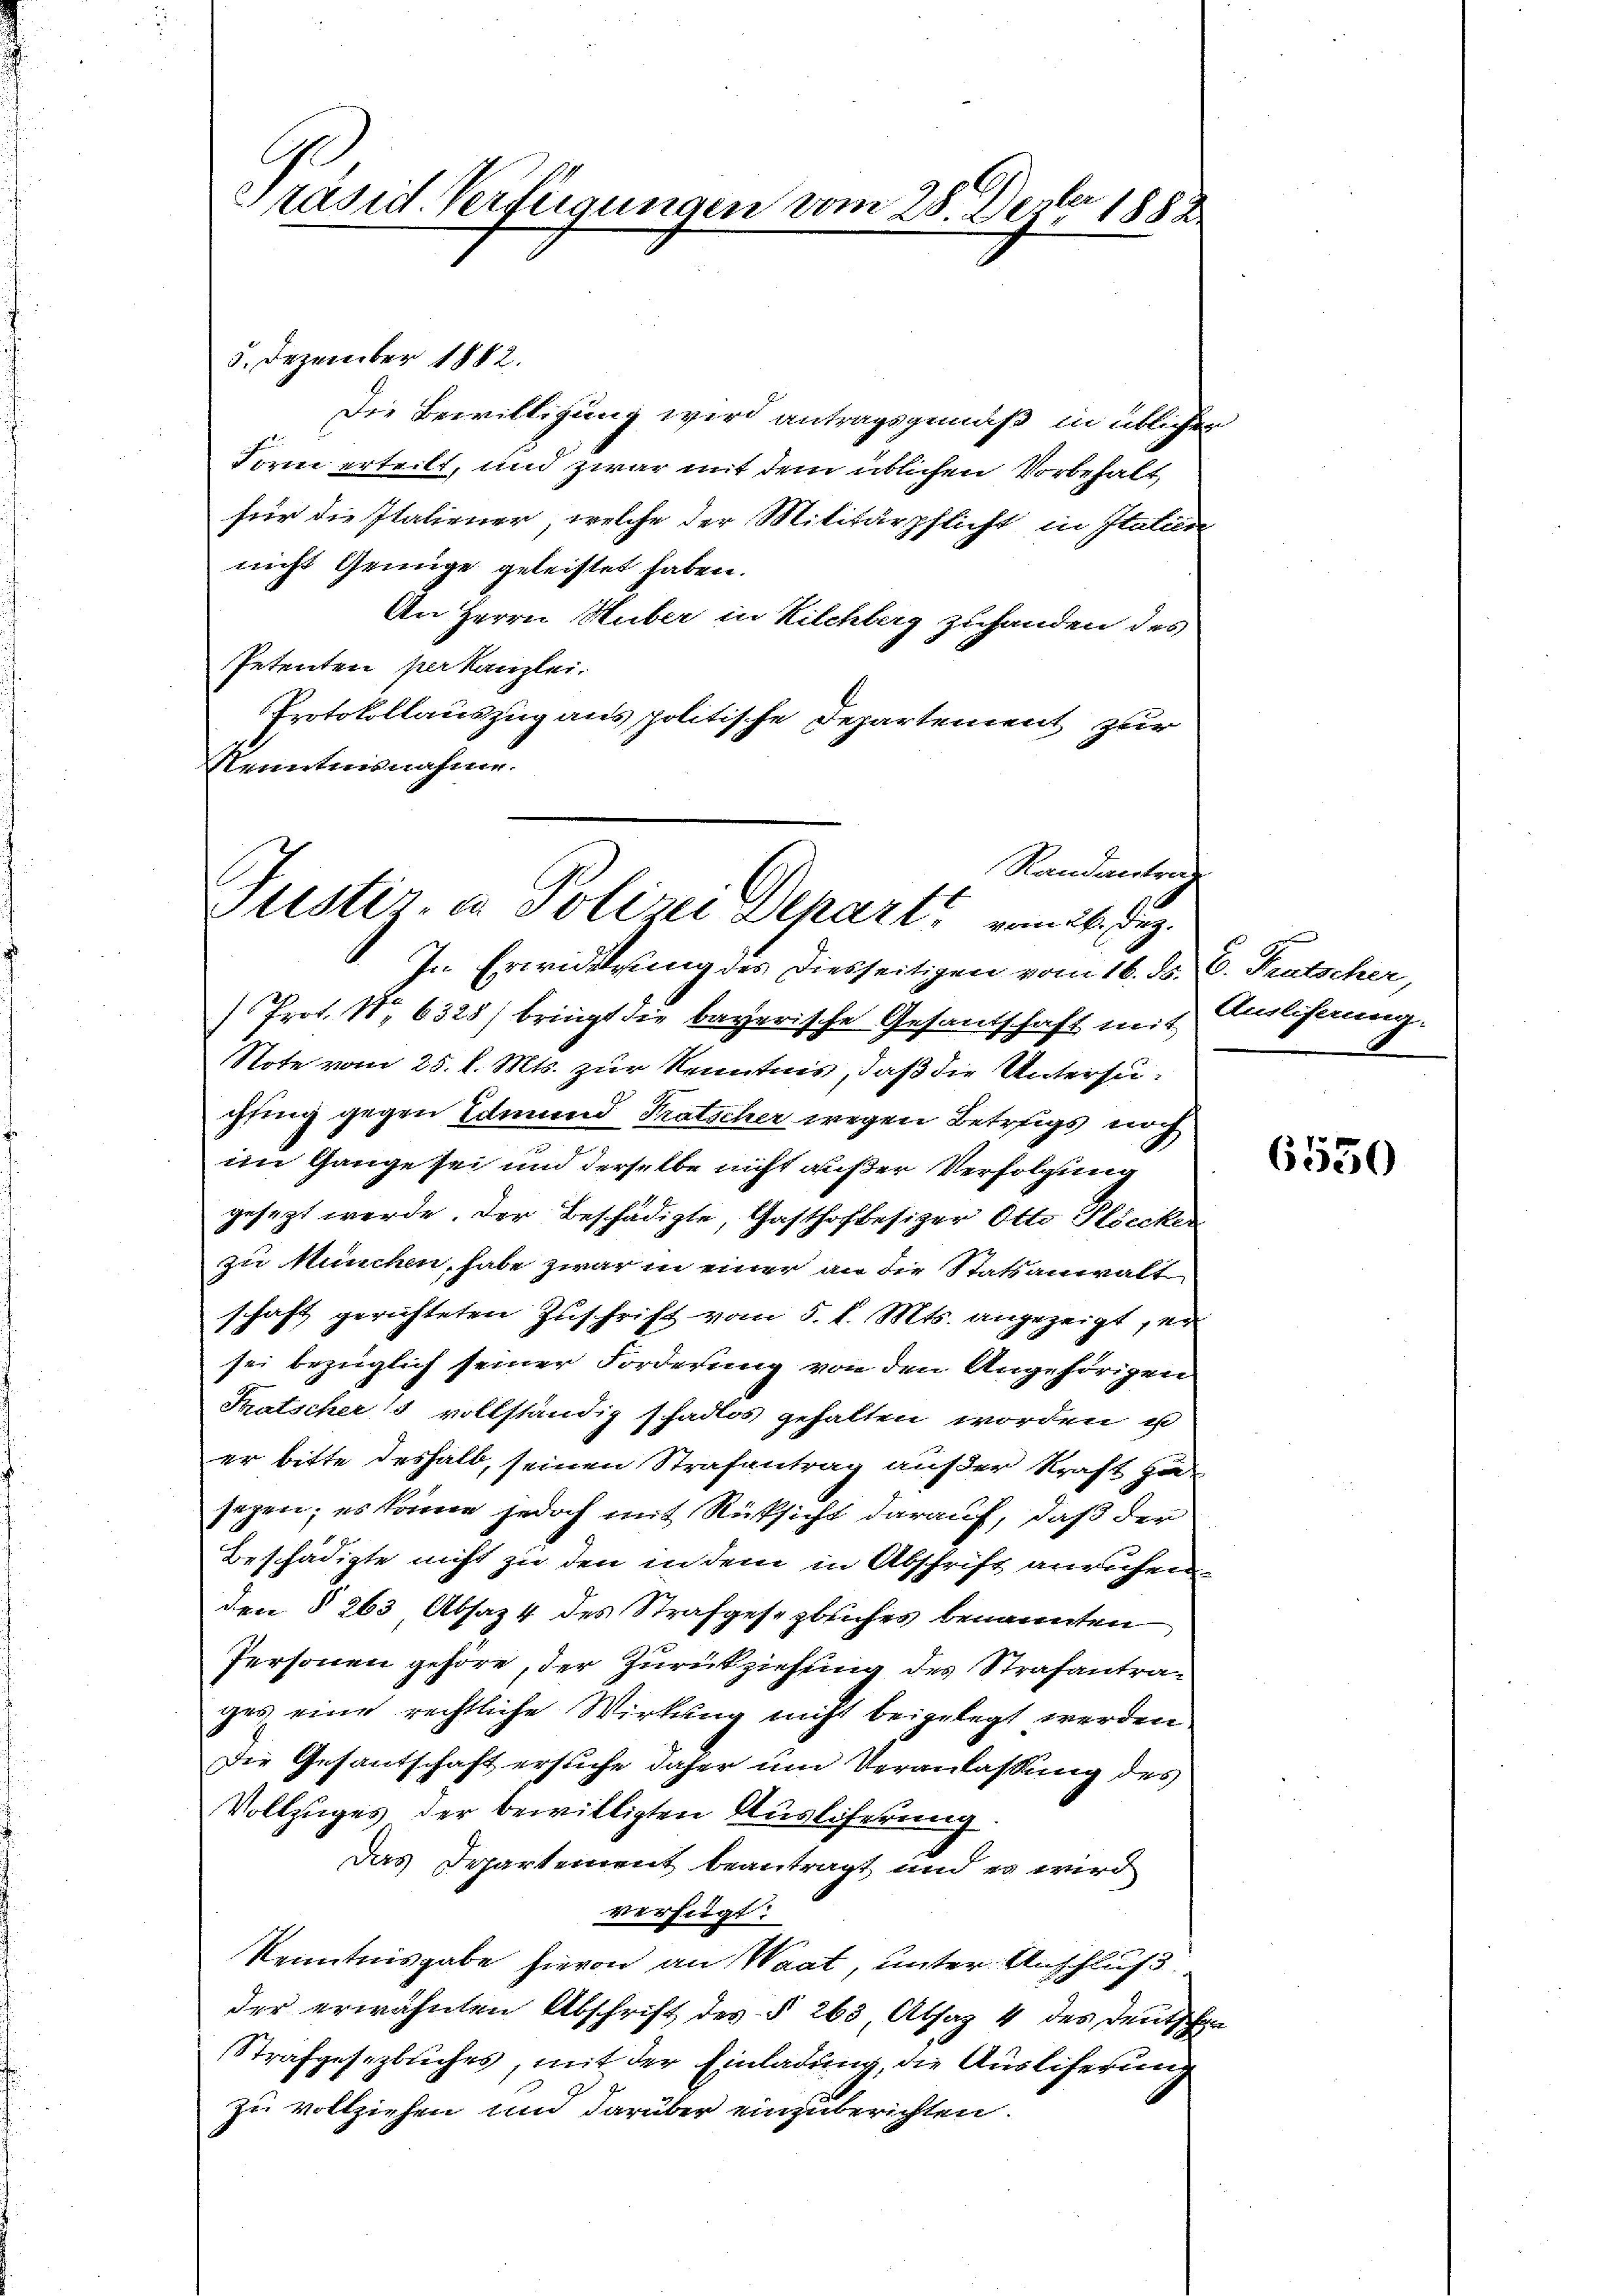
G
räsid. Verfügungen vom 28. Dester 1883.

5. Dezember 1882.
Die Bewilligung wird antragsgemäß in üblicher
Form erteilt, und zwar mit dem üblichen Vorbehalt
für die Italiener, welche der Militärpflicht in Italici
nicht Genüge geleistet haben.
An Herrn Huber in Kilchberg zuhanden des
Petenten per kanzlei.
Protokollauszug aus politische Departement zur
Kenntnisnahme.

In Erwiderung des Diesseitigen vom 16. ds.
Prot. N. 6328) bringt die bayerische Gesantschaft mit
Note vom 25. d. Mts. zur Kenntnis, daß die Untersugling gegen Edmund Fratscher wegen Betrags noch
im Gange sei und derselbe nicht außer Verfolgung
gesezt werde. Der Beschädigte, Gasthoffesiger Otto Kiecker
zu München, habe zwar in einer an die Statsanwalt
schaft gerichteten Zuschrift vom 5. d. Mts. angezeigt sei
sei bezüglich seiner Forderung von den Angehörigen
Fatscher 18 vollständig schadlos gehalten worden ist
er bitte deshalb, seinen Strafantrag außer Kraft zu
jegen; es könne jedoch mit Rüksicht darauf, daß der
Beschädigte nicht zu den in dem in Abschrift anruhen
den § 263 Absaz 4 des Strafgesezbuches benannten
Personen gehöre, der Zurückziehung des Strafantrages eine rechtliche Wirkung nicht beigelegt werden
Die Gesantschaft ersuche daher um Veranlassung des
Vollzuges der bewilligten Auslieferung
Das Departement beantragt und es wird
verfügt:
Kenntnisgabe hievon an Waat, unter Anschluß.
der erwähnten Abschrift des § 263, Absag 4 des Deutscher
Strafgesezbuches, mit der Einladung, die Auslieferung
zu vollziehen und darüber einzuberichten.

Randantrag
Justiz- & Polizei Departs vom 24. Dez.

C. Pratscher,
Ausliferung.

6550